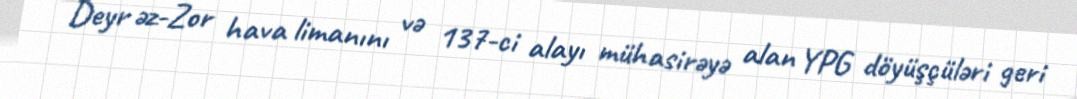
Deyr əz-Zor hava limanını və 137-ci alayı mühasirəyə alan YPG döyüşçüləri geri